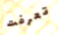
تعرفت